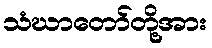
သံဃာတော်တို့အား